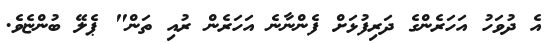
އެ ދުވަހު އަހަރެންގެ ދަރިފުޅަށް ފެންނާނެ އަހަރެން ރުއި ތަން" ޕެލޭ ބުންޏެވެ.